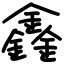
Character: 鑫